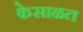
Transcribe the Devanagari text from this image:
फेसाळत